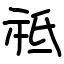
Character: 祗